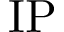
\mathrm { I P }